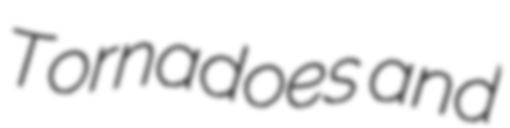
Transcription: Tornadoes and